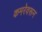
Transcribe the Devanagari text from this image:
कमरेवरून